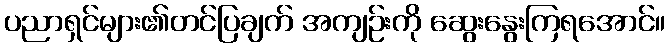
ပညာရှင်များ၏တင်ပြချက် အကျဉ်းကို ဆွေးနွေးကြရအောင်။